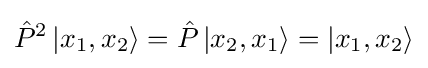
{\hat {P}}^{2}\left|x_{1},x_{2}\right\rangle ={\hat {P}}\left|x_{2},x_{1}\right\rangle =\left|x_{1},x_{2}\right\rangle